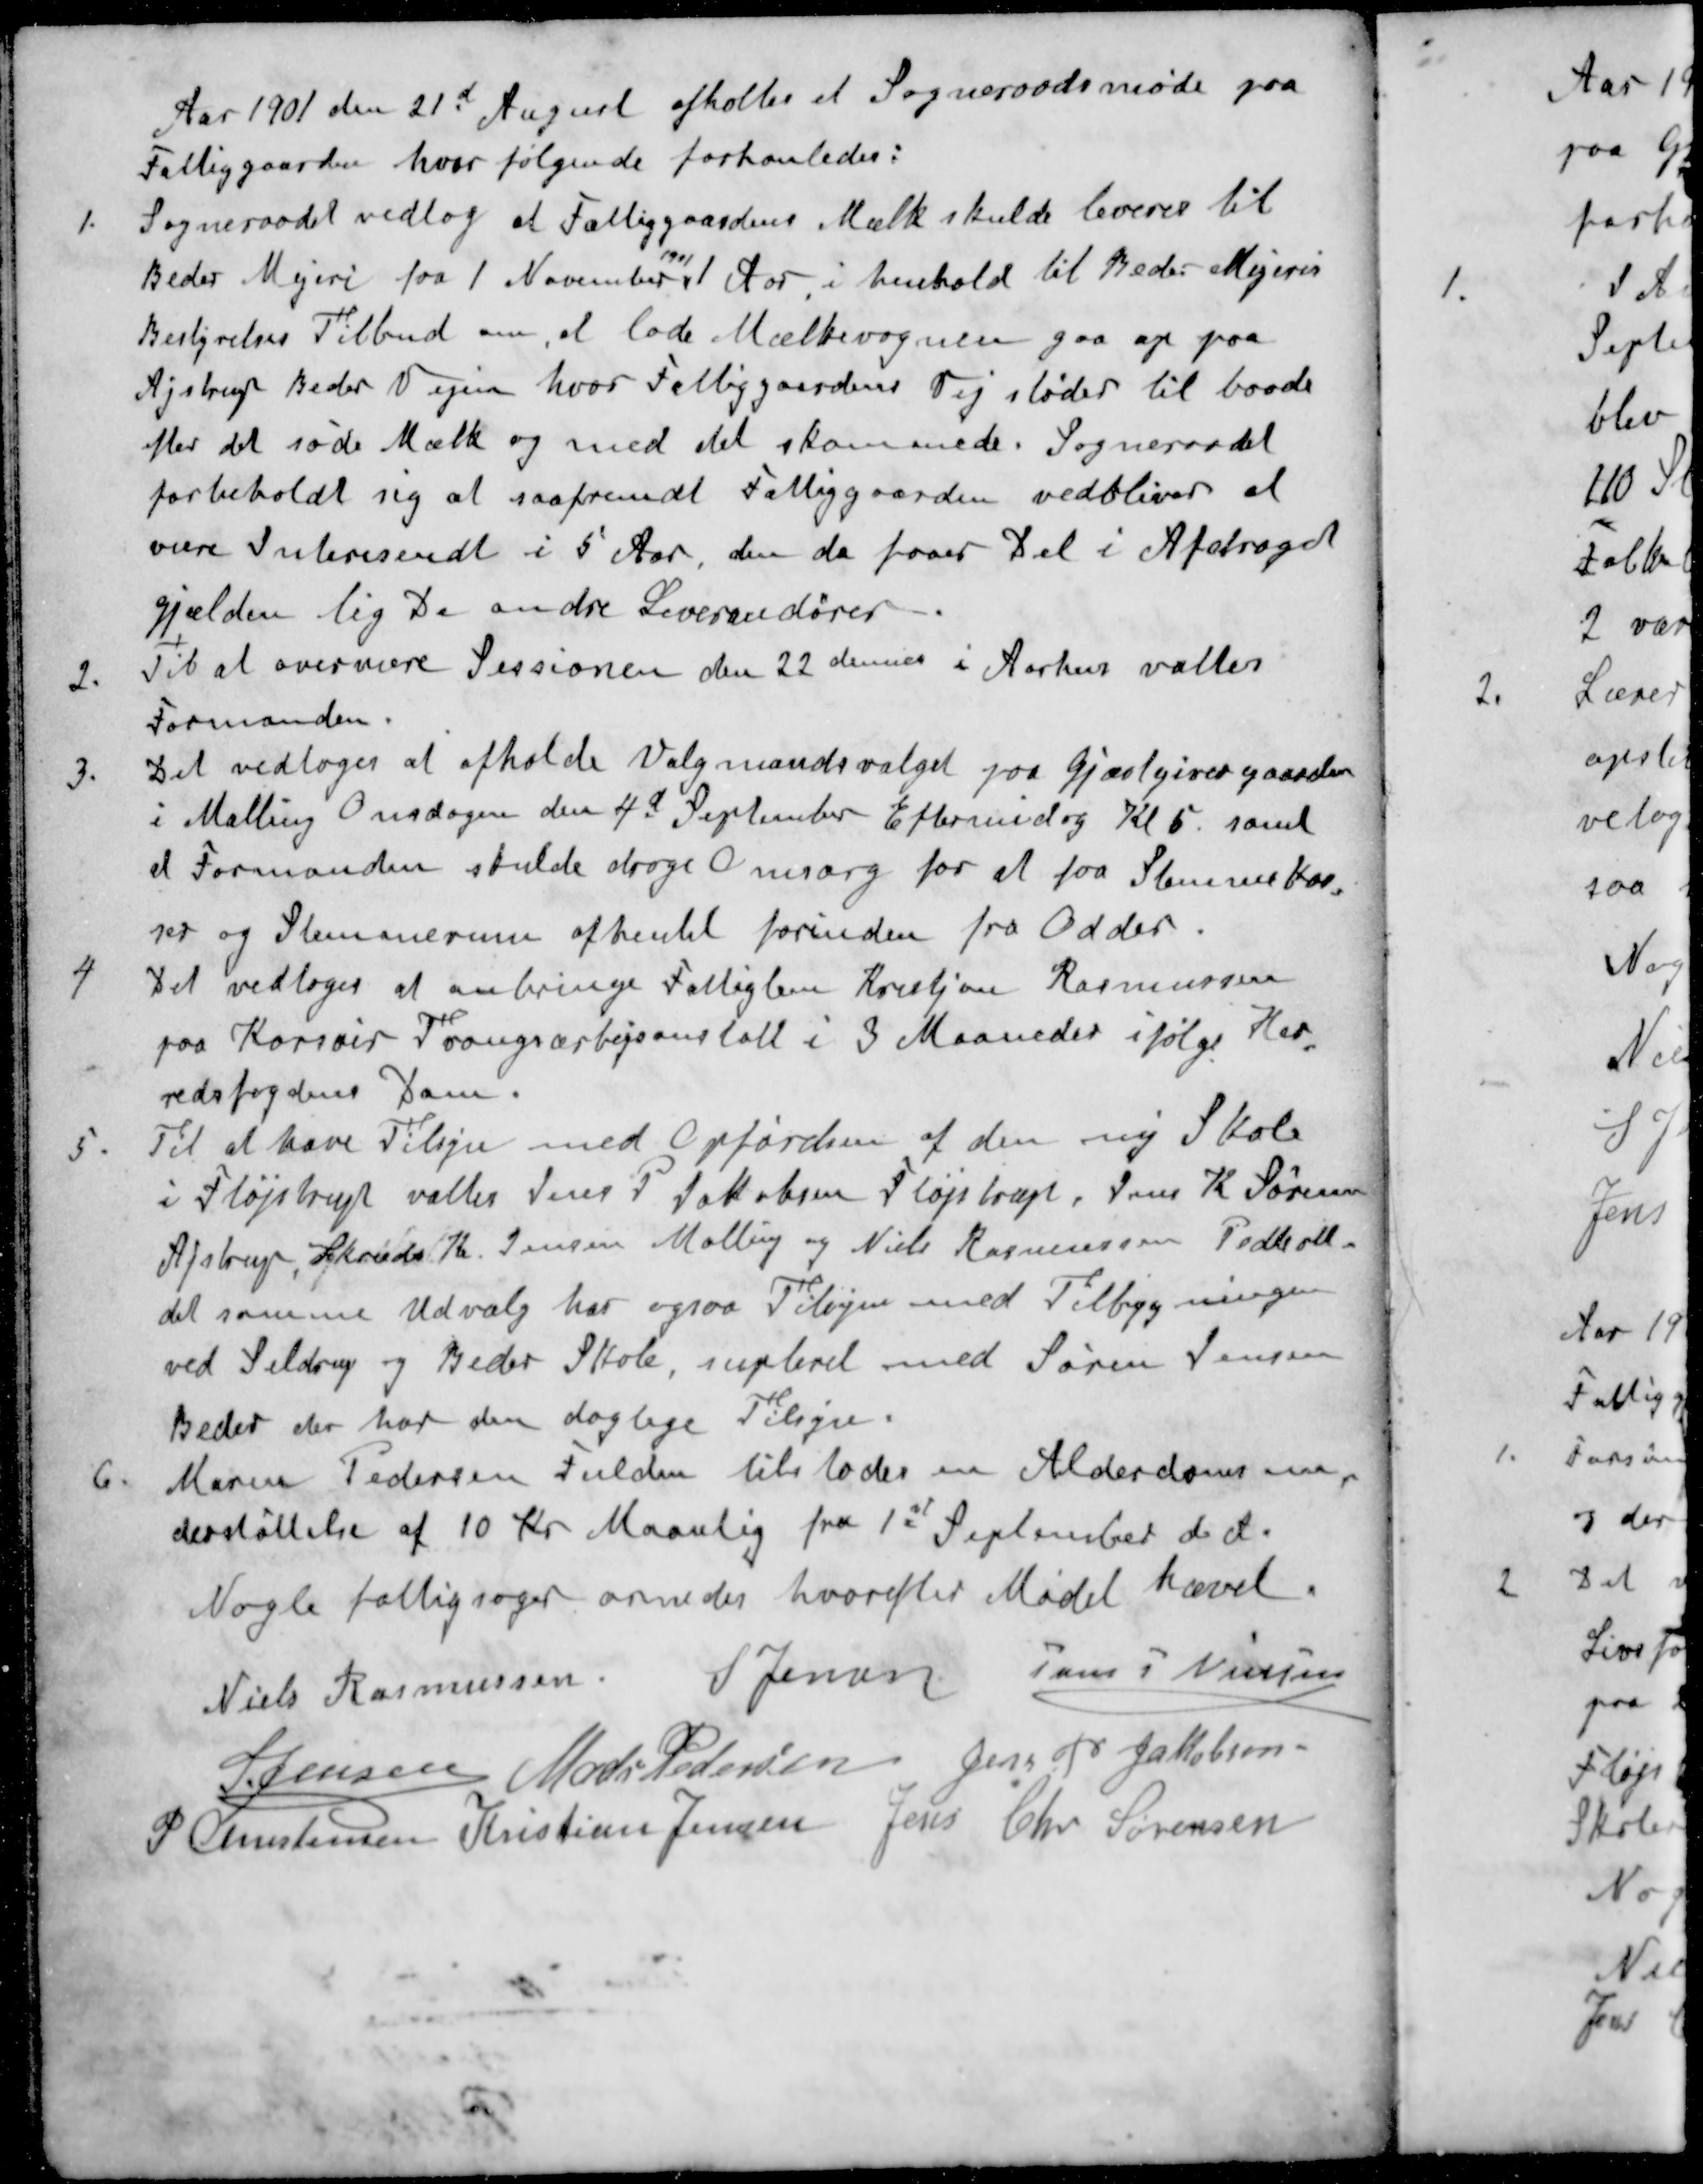
Transskription:
Aar 1901 den 21de August afholtes et Sogneraadsmøde paa
Fattiggaarden, hvor følgende forhanledes:
1. Sogneraadet vedtog at Fattiggaardens Mælk skulde leveres til
1901
Beder Mejeri fra 1 November 1 Aar i henhold til Beder Mejeris
Bestyrelses Tilbud om at lade Mælkevognen gaa op paa
Ajstrup Beder Vejen, hvor Fattiggaardens Vej støder til baade
efter det søde Mælk og med det skommede. Sogneraadet
forbeholdt sig at saafremdt Fattiggaarden vedbliver at
være Interesendt i 5 Aar, den da faaer Del i Afdraget
gjælden lig De andre Leverandører
2. Til at overvære Sessionen den 22 dennes i Aarhus valtes
Formanden
3. Det vedtoges at afholde Valgmandsvalget paa Gjæstgivergaarden
i Malling Onsdagen den 4d September Eftermidag Kl 5 samt
at Formanden skulde drage Omsorg for at faa Stemmebok
ser og Stemmerum afhentet forinden fra Odder.
4 Det vedtoges at anbringe Fattiglem Kristjan Rasmussen
paa Korsøer Trangsarbejsanstalt i 3 Maaneder ifølge Her
redsfogdens Dom.
5. Til at have Tilsyn med Opførelsen af den ny Skole
i Fløjstrup valtes Jens P Jakobsen Fløjstrup, Jens K. Sørensen
Ajstrup, Skræd. K. Jensen Malling og Niels Rasmussen Pedholt
det samme Udvalg har ogsaa Tilsyn med Tilbygningen
ved Seldrup og Beder Skole, supleret med Søren Jensen
Beder der har den daglige Tilsyn.
6. Maren Pedersen Fulden tilstodes en Alderdomsun
derstøttelse af 10 Kr Maanlig fra 1st September d. A.
Nogle fattigsager ornedes hvorefter Mødet hævet.
Niels Rasmussen
S Jensen
Jens P Nielsen
S Jensen
Mads Pedersen
Jens P Jakobsen
P Christensen
Kristian Jensen
Jens Chr Sørensen